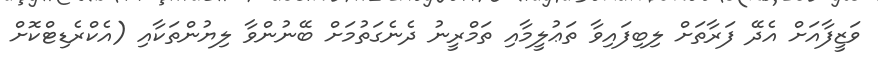
ވަޒީފާއަށް އެދޭ ފަރާތަށް ލިބިފައިވާ ތަޢުލީމާއި ތަމްރީނު ދެނެގަތުމަށް ބޭނުންވާ ލިޔުންތަކާއި (އެކްރެޑިޓްކޮށް